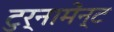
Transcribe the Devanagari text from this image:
टुर्नामेंन्ट